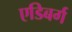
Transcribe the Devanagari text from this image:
एडिबर्ग